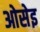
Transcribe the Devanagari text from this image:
ओसेइ